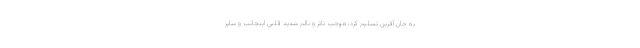
به جان آفرین تسلیم کرد، موجب تاثر و تالم شدید قلبی اینجانب و سایر